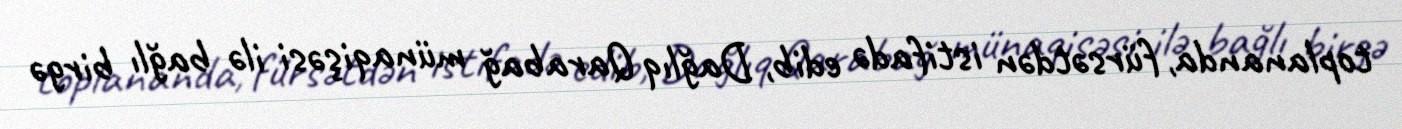
toplananda, fürsətdən istifadə edib, Dağlıq Qarabağ münaqişəsi ilə bağlı birgə